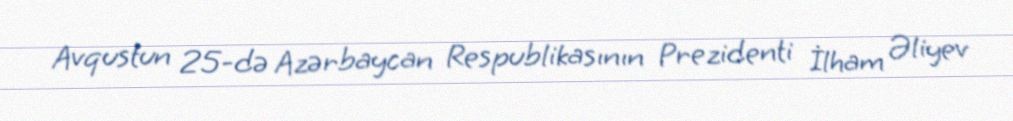
Avqustun 25-də Azərbaycan Respublikasının Prezidenti İlham Əliyev